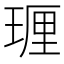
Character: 𪻵